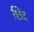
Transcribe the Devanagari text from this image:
छिंद